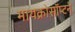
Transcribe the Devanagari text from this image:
मायक्रोसॉप्टने